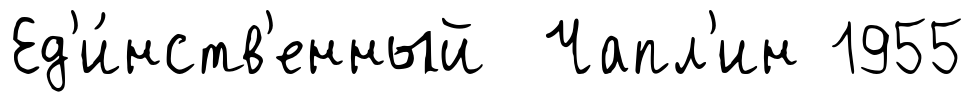
Ед'и́нств'енный Чапл'ин 1955